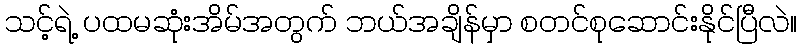
သင့်ရဲ့ ပထမဆုံးအိမ်အတွက် ဘယ်အချိန်မှာ စတင်စုဆောင်းနိုင်ပြီလဲ။